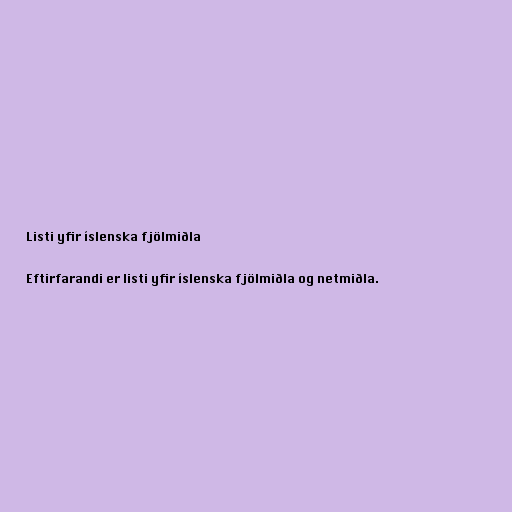
Listi yfir íslenska fjölmiðla

Eftirfarandi er listi yfir íslenska fjölmiðla og netmiðla.